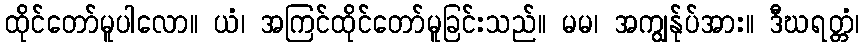
ထိုင်တော်မူပါလော။ ယံ၊ အကြင်ထိုင်တော်မူခြင်းသည်။ မမ၊ အကျွန်ုပ်အား။ ဒီဃရတ္တံ၊